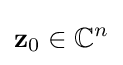
\mathbf {z} _{0}\in \mathbb {C} ^{n}